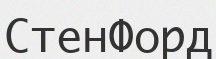
СтенФорд